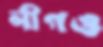
লীগও